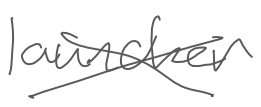
Text: launcher
Cross-out: cross
Writing tool: digital_gray